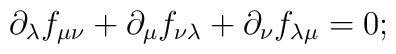
{\partial_\lambda} f_{\mu\nu} + {\partial_\mu} f_{\nu\lambda}+ {\partial_\nu} f_{\lambda\mu} = 0;